Source: Handwritten
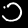
Digit: ၁ (1)